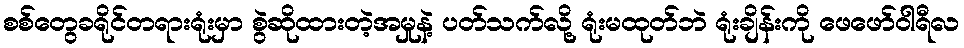
စစ်တွေခရိုင်တရားရုံးမှာ စွဲဆိုထားတဲ့အမှုနဲ့ ပတ်သက်လို့ ရုံးမထုတ်ဘဲ ရုံးချိန်းကို ဖေဖော်ဝါရီလ